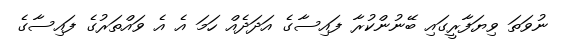
ނުވަތަ ވިޔަފާރީގައި ބޭނުންކުރާ ފައިސާގެ އަދަދެއް ހަމަ އެ އެ ވައްތަރުގެ ފައިސާގެ